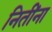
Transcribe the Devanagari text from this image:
नितींना